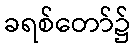
ခရစ်တော်၌